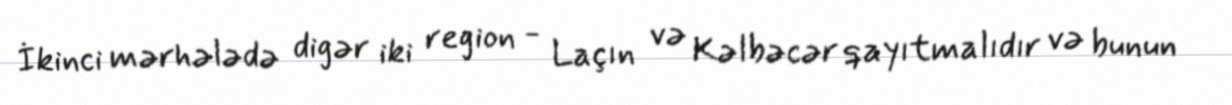
İkinci mərhələdə digər iki region - Laçın və Kəlbəcər qayıtmalıdır və bunun